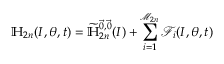
\mathbb { H } _ { 2 n } ( \boldsymbol { I } , \boldsymbol { \theta } , t ) = \widetilde { \mathbb { H } } _ { 2 n } ^ { \vec { 0 } , \vec { 0 } } ( \boldsymbol { I } ) + \sum _ { i = 1 } ^ { \mathcal { M } _ { 2 n } } \mathcal { F } _ { i } ( \boldsymbol { I } , \boldsymbol { \theta } , t )